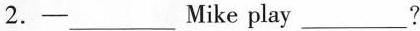
2. ——___Mike play___?